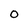
Character: O